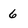
Character: 6